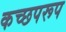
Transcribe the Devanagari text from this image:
कच्छपरूप